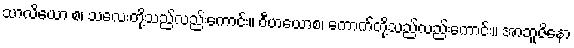
သာလိယော စ၊ သလေးတို့သည်လည်းကောင်း။ ဝီဟယောစ၊ ကောက်တို့သည်လည်းကောင်း။ အာဘူဇိနော